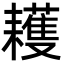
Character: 耯